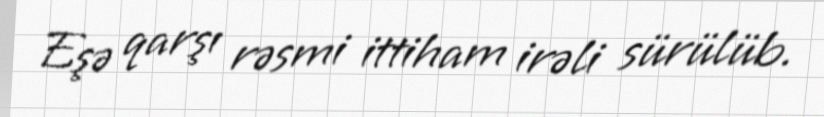
Eşə qarşı rəsmi ittiham irəli sürülüb.